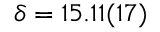
\delta = 1 5 . 1 1 ( 1 7 )